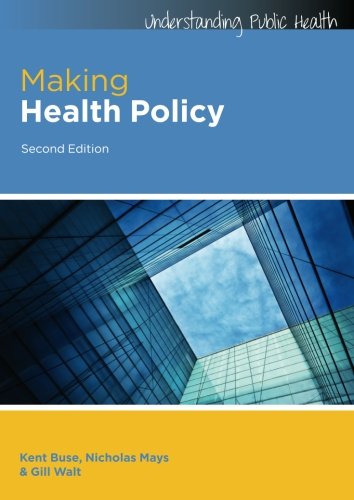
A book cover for Making Health Policy (Understanding Public Health); Kent Buse; Medical Books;